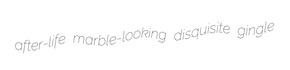
after-life marble-looking disquisite gingle